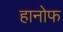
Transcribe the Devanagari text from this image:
हानोफ